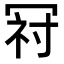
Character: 𭁺